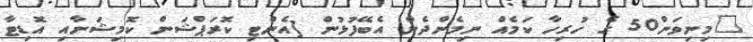
"މިނިވަން50 ގެ ހުރިހާ ކަމެއް ނިމެންދެން އެބޭފުޅުން [އެންޓި ކޮރަޕްޝަން ކޮމިޝަނާއި އޮޑިޓާ